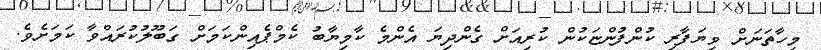
މިހާތަނަށް ވިޔަފާރި ކުންފުންޏަކުން ކުރިއަށް ގެންދިޔަ އެންމެ ކާމިޔާބު ކެމްޕެއިންކަމަށް ގަބޫލުކުރައްވާ ކަމަށެވެ.